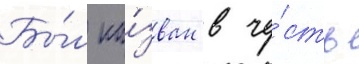
Бы́л на́зван в че́сть